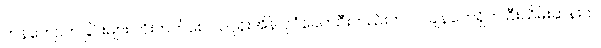
ကန်ကျောက်ခြင်းများ တိုးတက်စေ လဂွန်းအိန် ပုဂံခေတ်ဦးတည်းကပင် ချန်ကေရှိတ် ဦးသိမ်းဆန်းက